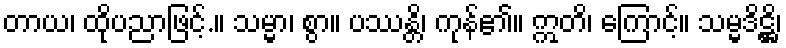
တာယ၊ ထိုပညာဖြင့်.။ သမ္မာ၊ စွာ။ ပဿန္တိ၊ ကုန်၏။ ဣတိ၊ ကြောင့်။ သမ္မဒိဋ္ဌိ၊